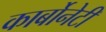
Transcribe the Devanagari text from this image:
कार्बोनेटी